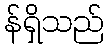
န်ရှိသည်